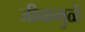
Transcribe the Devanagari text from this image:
जीवामुळे